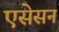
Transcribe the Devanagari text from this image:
एसेसन